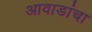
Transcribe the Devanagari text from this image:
आवाडांचा